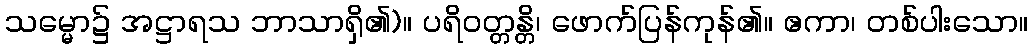
သမ္မော၌ အဋ္ဌာရသ ဘာသာရှိ၏)။ ပရိဝတ္တန္တိ၊ ဖောက်ပြန်ကုန်၏။ ဧကာ၊ တစ်ပါးသော။